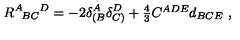
R ^ { A } { } _ { \! B C } { } ^ { D } = - 2 \delta _ { ( B } ^ { A } \delta _ { C ) } ^ { D } + \textstyle { \frac { 4 } { 3 } } C ^ { A D E } d _ { B C E } \ ,